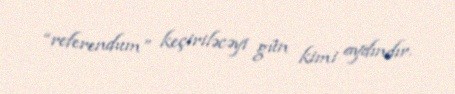
“referendum” keçiriləcəyi gün kimi aydındır.